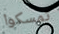
تمسكوا